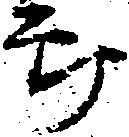
郎